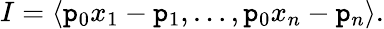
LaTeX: I=\left\langle\mathtt{p}_{0}x_{1}-\mathtt{p}_{1},\ldots,\mathtt{p}_{0}x_{n}-\mathtt{p}_{n}\right\rangle.